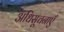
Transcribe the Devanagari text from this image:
अधिसूचनाएँ